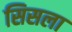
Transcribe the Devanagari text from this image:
सिसला